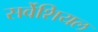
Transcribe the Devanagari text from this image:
सर्वेशियल